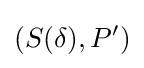
(S(\delta ),P')